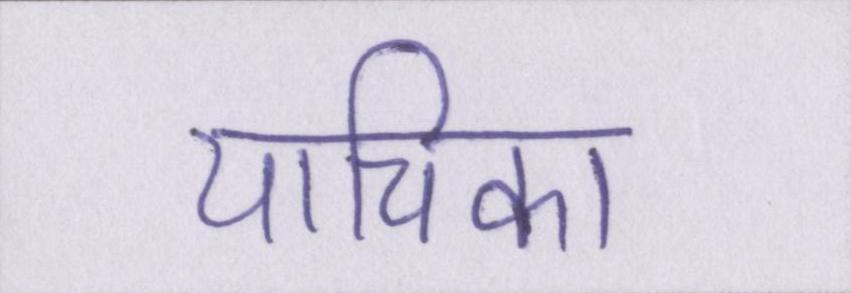
याचिका